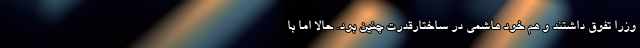
وزرا تفوق داشتند و هم خود هاشمی در ساختارقدرت چنین بود. حالا اما با